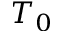
T _ { 0 }